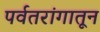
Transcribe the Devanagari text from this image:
पर्वतरांगातून